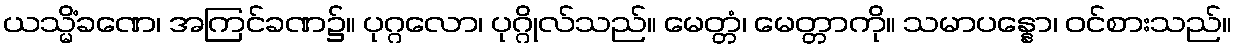
ယသ္မိံခဏေ၊ အကြင်ခဏ၌။ ပုဂ္ဂလော၊ ပုဂ္ဂိုလ်သည်။ မေတ္တံ၊ မေတ္တာကို။ သမာပန္နော၊ ဝင်စားသည်။